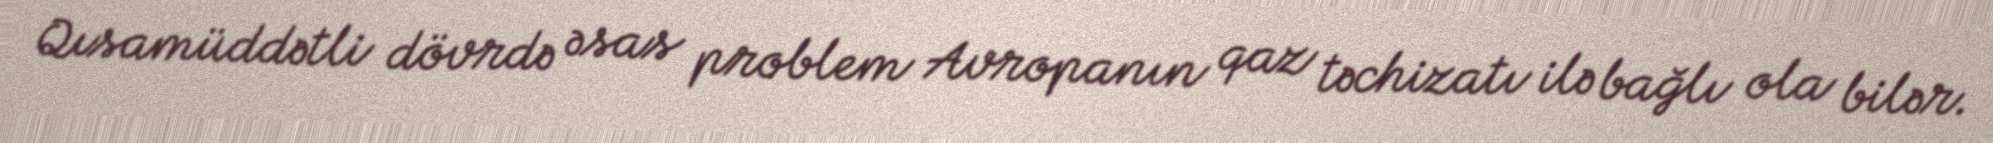
Qısamüddətli dövrdə əsas problem Avropanın qaz təchizatı ilə bağlı ola bilər.